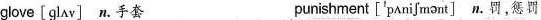
glove [glʌv] n.手套 punishment ['pʌniʃmənt] n.罚，惩罚